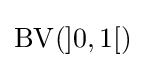
\operatorname {\operatorname {BV} } (]0,1[)